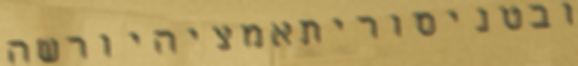
ובטניסוריתאמציהיורשה